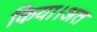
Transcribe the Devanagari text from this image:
किया।अत